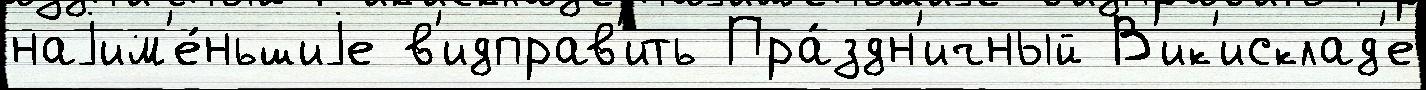
наjим'е́ньшиjе в'идправ'ить Пра́здн'ичный В'ик'исклад'е